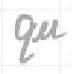
$qu$